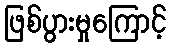
ဖြစ်ပွားမှုကြောင့်